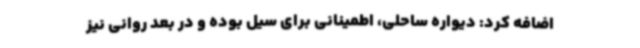
اضافه کرد: دیواره ساحلی، اطمینانی برای سیل بوده و در بعد روانی نیز